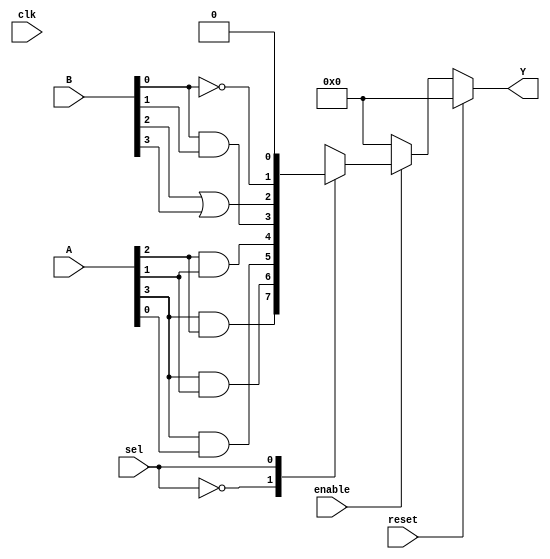
module CLB (
    input wire [3:0] A,          // 4-bit input for LUT
    input wire [3:0] B,          // Additional 4-bit input for logic gates
    input wire sel,              // Select line for multiplexer
    input wire enable,           // Enable signal for output
    input wire clk,              // Clock input (for synchronous logic)
    input wire reset,            // Reset signal
    output reg [3:0] Y           // 4-bit output
);

// Configuration memory for LUT (example: truth table for AND function)
reg [15:0] lut_memory = 16'b0000000000000001; // Example LUT configuration

// Internal signals
wire [3:0] lut_out;
wire and_out, or_out, not_out;

// LUT implementation
assign lut_out = {A[3] & A[2], A[3] & A[1], A[3] & A[0], A[2] & A[1]}; // Example LUT logic

// Additional logic gates
assign and_out = B[0] & B[1]; // AND gate
assign or_out = B[2] | B[3];   // OR gate
assign not_out = ~B[0];        // NOT gate

// Multiplexer to select output based on 'sel' signal
always @(*) begin
    if (reset) begin
        Y <= 4'b0000; // Reset output
    end else if (enable) begin
        case (sel)
            1'b0: Y <= lut_out;      // Output from LUT
            1'b1: Y <= {and_out, or_out, not_out, 1'b0}; // Output from logic gates
            default: Y <= 4'b0000;   // Default case
        endcase
    end else begin
        Y <= 4'b0000; // Disable output
    end
end

endmodule